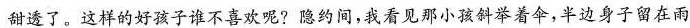
甜透了。这样的好孩子谁不喜欢呢?隐约间，我看见那小孩斜举着伞，半边身子留在雨